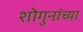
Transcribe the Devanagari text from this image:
शोगुनांच्या